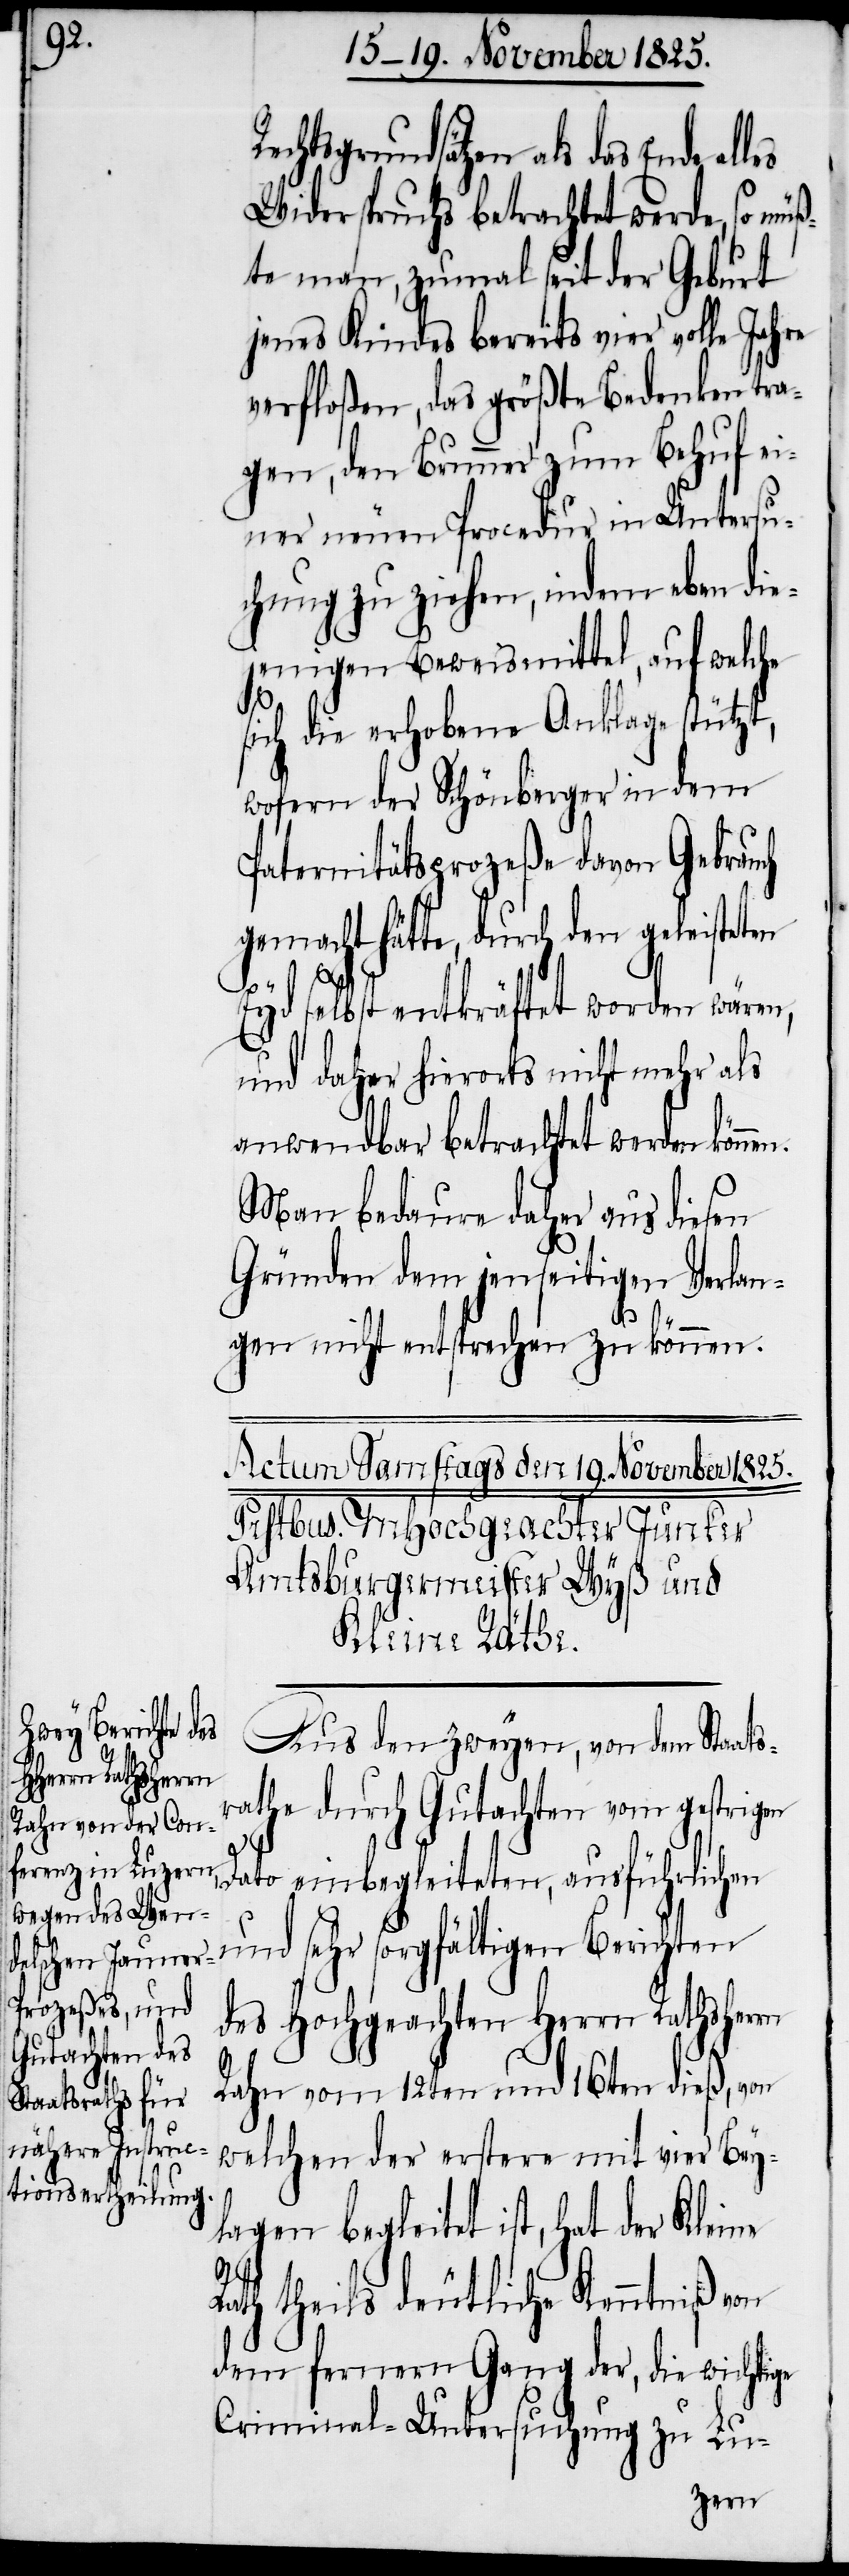
Rechtsgrundsätzen als das Ende
Widerspruchs betrachtet werde, so mü¬
ßte man, zumal seit der Geburt
jenes Kindes bereits vier volle Jahre
verfloßen, das größte Bedenken tra¬
gen, den Brunner zum Behuf ei¬
ner neuen Procedur in Untersu¬
chung zu ziehen, indem eben die¬
jenigen Beweismittel, auf welche
sich die erhobene Anklage stützt,
wofern der Schönberger in dem
Paternitätsprozeße davon Gebrauch
gemacht hätte, durch den geleisteten
Eyd selbst entkräftet worden wären,
und daher hierorts nicht mehr als
anwendbar betrachtet werden könne¬
Man bedaure daher aus diesen
Gründen dem jenseitigen Verlan¬
gen nicht entsprechen zu können.[“]
Berichten
Aus den Zweyen, von dem Staats¬
sehr sorgfältigen
rathe durch Gutachten vom gestrigen
Rath
Dato einbegleiteten, ausführlichen
des Hochgeachten Herrn Rathsherrn
Rahn vom 12ten und 16ten dieß, von
welchen der erstere mit vier Bey¬
lagen begleitet ist, hat der Kleine
theils deutliche Kenntniß von
dem fernern Gang der, die wichtige
Criminal-Untersuchung zu Lu-